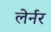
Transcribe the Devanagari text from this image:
लेर्नर